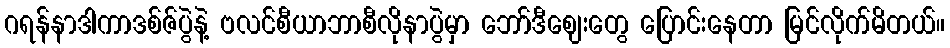
ဂရန်နာဒါကာဒစ်ဇ်ပွဲနဲ့ ဗလင်စီယာဘာစီလိုနာပွဲမှာ ဘော်ဒီဈေးတွေ ပြောင်းနေတာ မြင်လိုက်မိတယ်။